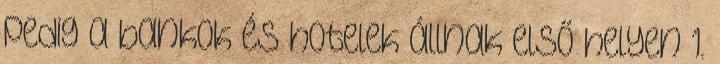
pedig a bankok és hotelek állnak első helyen 1.